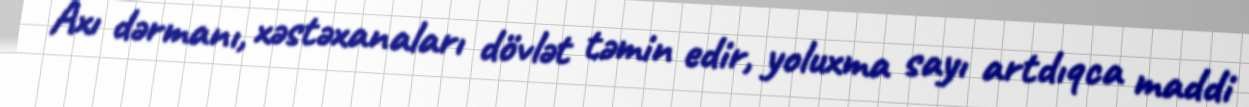
Axı dərmanı, xəstəxanaları dövlət təmin edir, yoluxma sayı artdıqca maddi